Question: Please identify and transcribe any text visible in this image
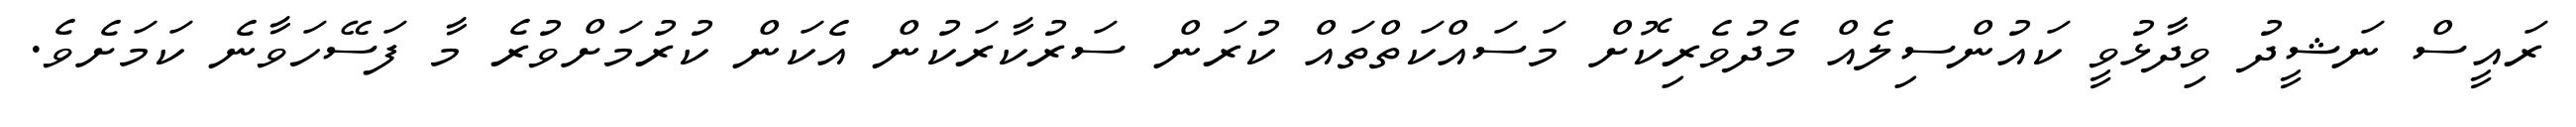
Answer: ރައީސް ނަޝީދު ވިދާޅުވީ ކައުންސިލެއް މެދުވެރިކޮށް މަސައްކަތްތައް ކުރަން ސަރުކާރަކުން އެކަން ކުރުމަށްވުރެ މާ ފަސޭހަވާނެ ކަމަށެވެ.